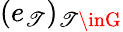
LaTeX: (e_{\mathscr{T}})_{\mathscr{T}\inG}